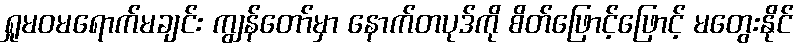
ရှုမဝမရောက်မချင်း ကျွန်တော်မှာ နောက်တပုဒ်ကို စိတ်ဖြောင့်ဖြောင့် မတွေးနိုင်